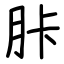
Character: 胩